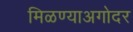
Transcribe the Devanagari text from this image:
मिळण्याअगोदर